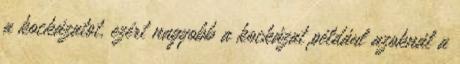
a kockázatot, ezért nagyobb a kockázat például azoknál a